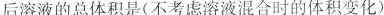
后溶液的总体积是(不考虑溶液混合时的体积变化)